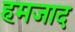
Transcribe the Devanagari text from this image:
हमजाद